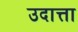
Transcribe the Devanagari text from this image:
उदात्ता